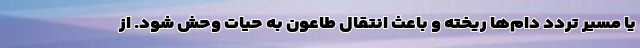
یا مسیر تردد دام‌ها ریخته و باعث انتقال طاعون به حیات وحش شود. از